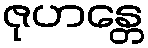
ဇုဟန္တေ